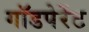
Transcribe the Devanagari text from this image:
गॉडपेरेंट